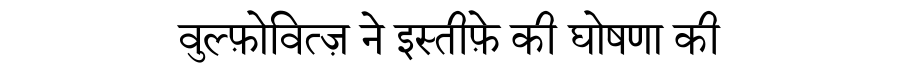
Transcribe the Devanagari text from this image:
वुल्फ़ोवित्ज़ ने इस्तीफ़े की घोषणा की